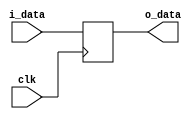
`timescale 1ns / 1ns

module DataLate(input [31:0] i_data,
                input clk,
                output reg [31:0] o_data);

    always @(negedge clk) begin
        o_data = i_data;
    end

endmodule